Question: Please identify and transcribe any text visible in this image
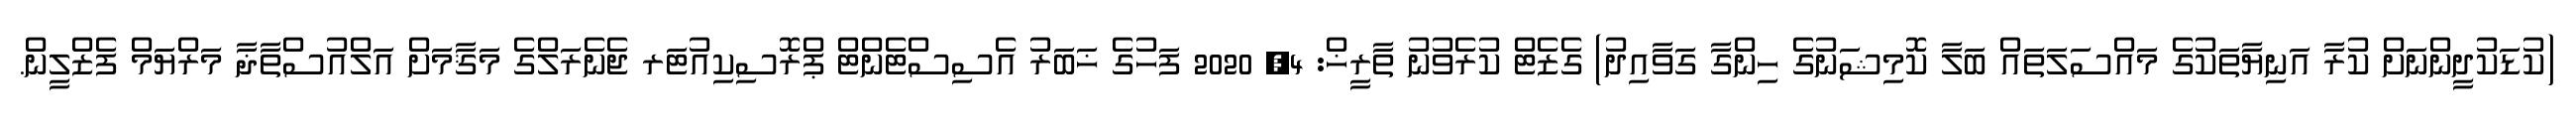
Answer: (ކުޑަކުދީންނަށް ކުރާ އަނިޔާތަކުގެ މައްސަލަތައް ބަލާ ކޮމިޝަނުގެ ހިންގާ ގަވާއިދު) ގެޒެޓް ކުރެވުނު ތާރީޚް: 4, 2020 ފަހުގެ ޚަބަރު އެސިސްޓެންޓް ޕްރޮސިކިއުޓަރ ޖެނެރަލްގެ މަޤާމަށް އަލްއުސްތާޛާ މަރްޔަމް ފެޒްލީން.